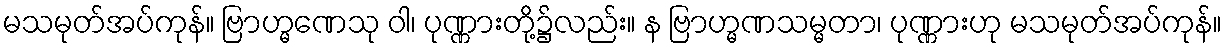
မသမုတ်အပ်ကုန်။ ဗြာဟ္မဏေသု ဝါ၊ ပုဏ္ဏားတို့၌လည်း။ န ဗြာဟ္မဏသမ္မတာ၊ ပုဏ္ဏားဟု မသမုတ်အပ်ကုန်။